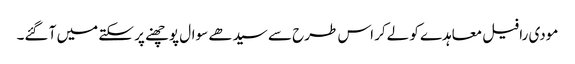
مودی رافیل معاہدے کو لےکر اس طرح سے سیدھے سوال پوچھنے پر سکتے میں آ گئے۔